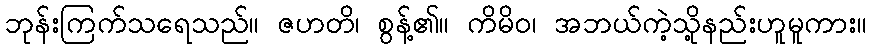
ဘုန်းကြက်သရေသည်။ ဇဟတိ၊ စွန့်၏။ ကိမိဝ၊ အဘယ်ကဲ့သို့နည်းဟူမူကား။